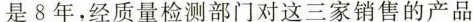
是8年，经质量检测部门对这三家销售的产品